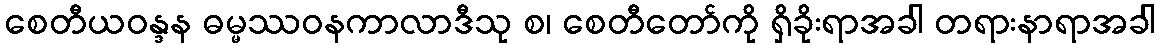
စေတီယဝန္ဒန ဓမ္မဿဝနကာလာဒီသု စ၊ စေတီတော်ကို ရှိခိုးရာအခါ တရားနာရာအခါ